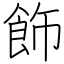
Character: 飾